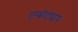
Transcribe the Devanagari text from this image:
एम्ब्रोटाइप